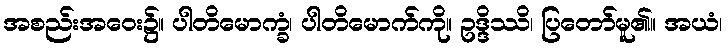
အစည်းအဝေး၌။ ပါတိမောက္ခံ၊ ပါတိမောက်ကို။ ဥဒ္ဒိဿိ၊ ပြတော်မူ၏။ အယံ၊